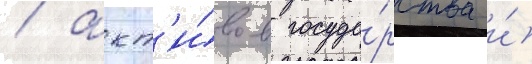
/ акт'и́вов госуда́рства и́